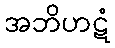
အဘိဟဋံ